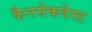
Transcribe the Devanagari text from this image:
कैनसेकवेस्ट